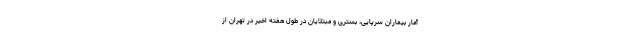
آمار بیماران سرپایی، بستری و مبتلایان در طول هفته اخیر در تهران از